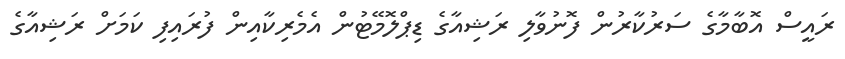
ރައީސް އޮބާމާގެ ސަރުކާރުން ފޮނުވާލި ރަޝިއާގެ ޑިޕްލޮމޭޓުން އެމެރިކާއިން ފުރައިފި ކަމަށް ރަޝިއާގެ